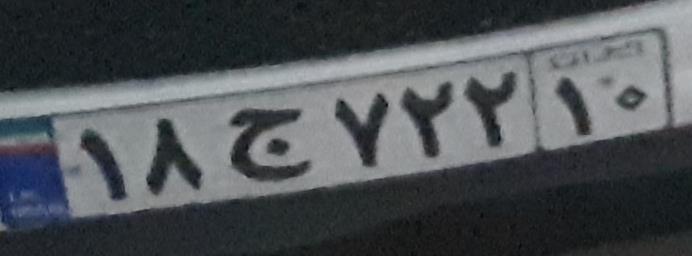
۱۸ج۷۲۲۱۰